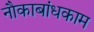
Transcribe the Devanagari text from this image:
नौकाबांधकाम